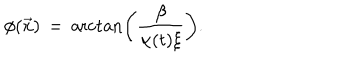
LaTeX: \phi ( \vec { x } ) \, = \, \operatorname { a r c t a n } \left( { \frac { \beta } { \alpha ( t ) \xi } } \right) .